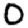
Digit: 0